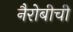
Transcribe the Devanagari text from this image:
नैरोबीची